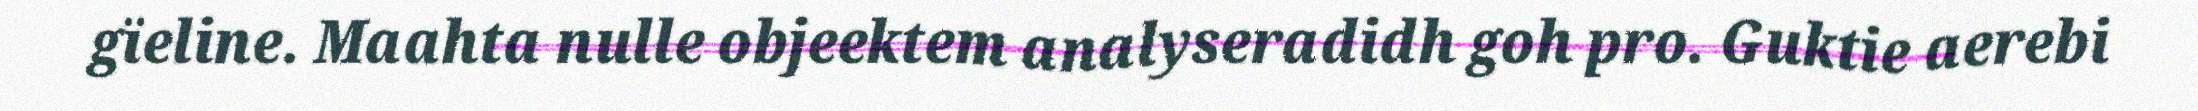
gïeline. Maahta nulle objeektem analyseradidh goh pro. Guktie aerebi